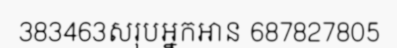
383463សរុបអ្នកអាន 687827805